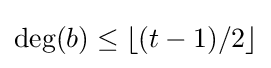
\deg(b)\leq \lfloor (t-1)/2\rfloor